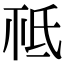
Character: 𣱊